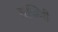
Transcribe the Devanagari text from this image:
स्रग्विणी